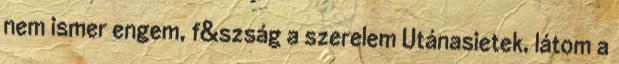
nem ismer engem, f&szság a szerelem Utánasietek, látom a